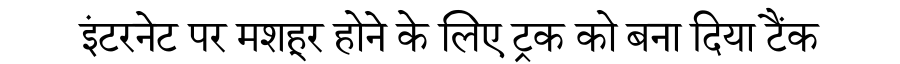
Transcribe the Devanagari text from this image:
इंटरनेट पर मशहूर होने के लिए ट्रक को बना दिया टैंक